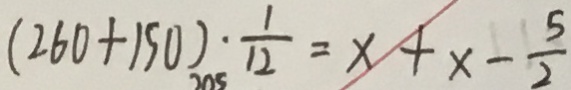
( 2 6 0 + 1 5 0 ) _ { 2 0 5 } \cdot \frac { 1 } { 1 2 } = x + x - \frac { 5 } { 2 }